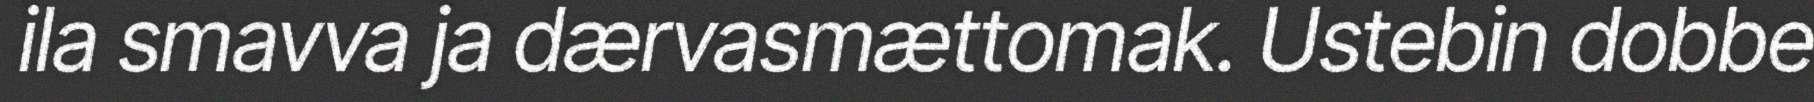
ila smavva ja dærvasmættomak. Ustebin dobbe